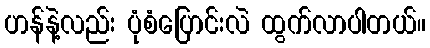
ဟန်နဲ့လည်း ပုံစံပြောင်းလဲ ထွက်လာပါတယ်။